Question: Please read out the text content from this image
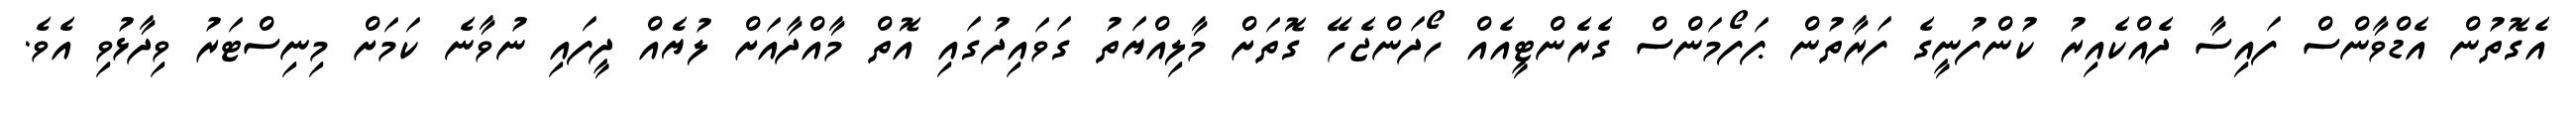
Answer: އެގޮތުން އެޑްވާންސް ފައިސާ ދެއްކެއިރު ކުންފުނީގެ ފަރާތުން ޕަފޯމަންސް ގެރެންޓީއެއް ހޯދަންޖެހޭ ގޮތަށް މާލިއްޔަތު ގަވައިދުގައި އޮތް މާއްދާއަށް ލުޔެއް ދީފައި ނުވާނެ ކަމަށް މިނިސްޓަރު ވިދާޅުވި އެވެ.